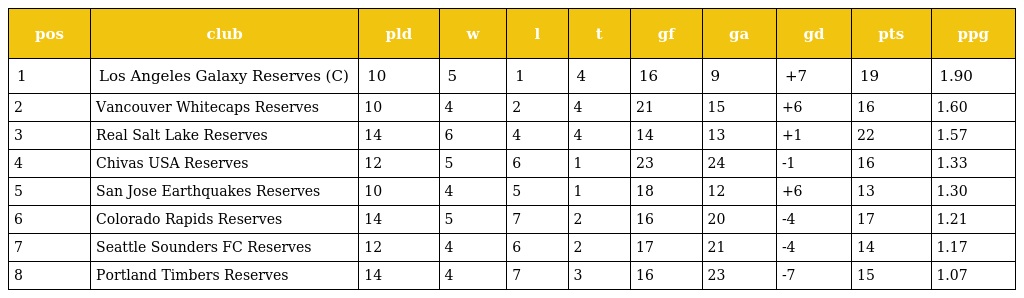
| pos | club | pld | w | l | t | gf | ga | gd | pts | ppg |
 | --- | --- | --- | --- | --- | --- | --- | --- | --- | --- | --- |
 | 1 | Los Angeles Galaxy Reserves (C) | 10 | 5 | 1 | 4 | 16 | 9 | +7 | 19 | 1.90 |
 | 2 | Vancouver Whitecaps Reserves | 10 | 4 | 2 | 4 | 21 | 15 | +6 | 16 | 1.60 |
 | 3 | Real Salt Lake Reserves | 14 | 6 | 4 | 4 | 14 | 13 | +1 | 22 | 1.57 |
 | 4 | Chivas USA Reserves | 12 | 5 | 6 | 1 | 23 | 24 | -1 | 16 | 1.33 |
 | 5 | San Jose Earthquakes Reserves | 10 | 4 | 5 | 1 | 18 | 12 | +6 | 13 | 1.30 |
 | 6 | Colorado Rapids Reserves | 14 | 5 | 7 | 2 | 16 | 20 | -4 | 17 | 1.21 |
 | 7 | Seattle Sounders FC Reserves | 12 | 4 | 6 | 2 | 17 | 21 | -4 | 14 | 1.17 |
 | 8 | Portland Timbers Reserves | 14 | 4 | 7 | 3 | 16 | 23 | -7 | 15 | 1.07 |